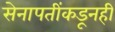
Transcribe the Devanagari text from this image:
सेनापतींकडूनही